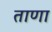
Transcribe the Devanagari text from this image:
ताणा